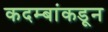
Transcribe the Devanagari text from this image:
कदम्बांकडून